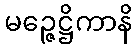
မဉ္ဇေဋ္ဌိကာနိ